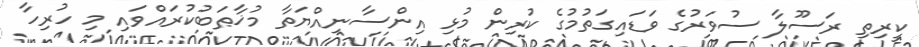
ކީރިތި ރަސޫލާ ސުވަރުގެ ވަޑައިގަތުމުގެ ކުރިން މުޅި އިންސާނިއްޔަތާ މުޚާޠަބުކުރައްވައި މި ހުރިހާ